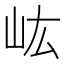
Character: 𡵓